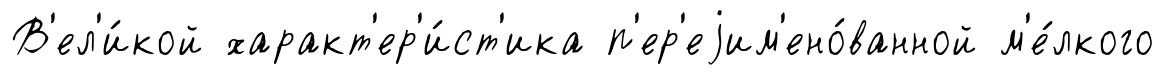
В'ел'и́кой характ'ер'и́ст'ика п'ер'еjим'ено́ванной м'е́лкого